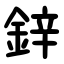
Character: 鋅